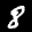
Label: 8